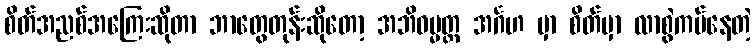
စိတ်အညစ်အကြေးဆိုတာ ဘာတွေတုန်းဆိုတော့ အဘိဓမ္မတ္ထ အင်္ဂဟ မှာ စိတ်မှာ လာစွဲကပ်နေတဲ့